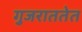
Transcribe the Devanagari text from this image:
गुजराततेत